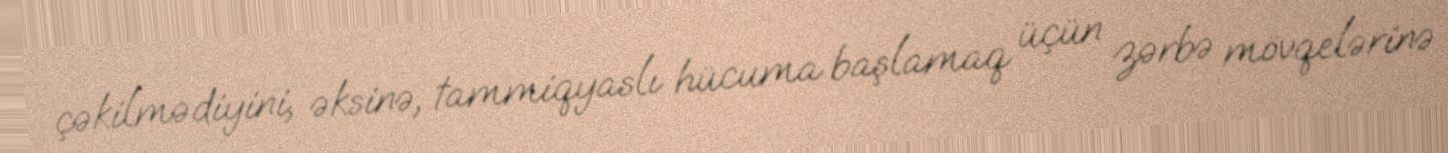
çəkilmədiyini, əksinə, tammiqyaslı hücuma başlamaq üçün zərbə mövqelərinə